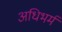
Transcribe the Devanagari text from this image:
अधिभर्म